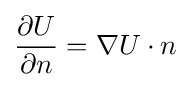
{\frac {\partial U}{\partial n}}=\nabla U\cdot n